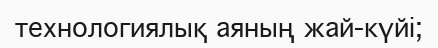
технологиялық аяның жай-күйі;